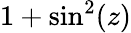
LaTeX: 1+\sin^{2}(z)